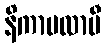
နိကာမလာမီ